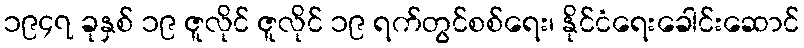
၁၉၄၇ ခုနှစ် ၁၉ ဇူလိုင် ဇူလိုင် ၁၉ ရက်တွင်စစ်ရေး၊ နိုင်ငံရေးခေါင်းဆောင်